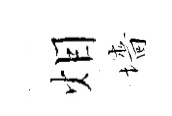
𤇆墻